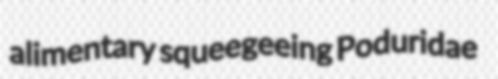
alimentary squeegeeing Poduridae